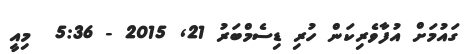
ގައުމަށް އުފާވެރިކަން ހުރި ޑިސެމްބަރު 21